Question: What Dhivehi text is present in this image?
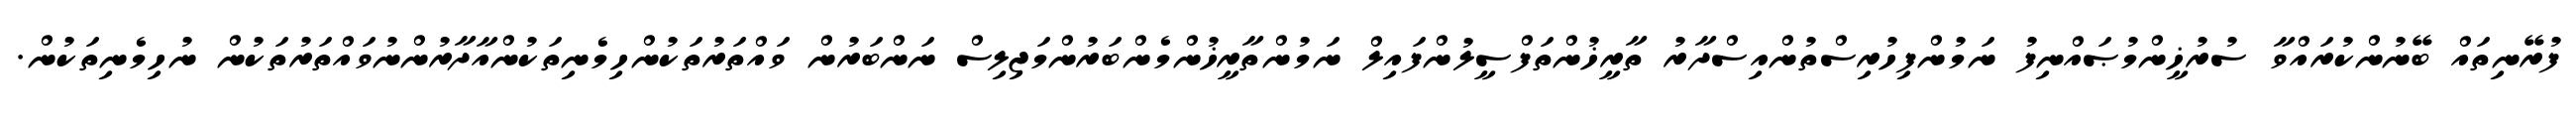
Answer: ފުރޭނިތައް ބޭނުންކުރައްވާ ސުރުޚީންމުޞައްނިފު ނަމުންފިހުރިސްތުންއިސްދާރު ތާރީޚުންތަފްސީލުންފައިލް ނަމުންތާރީޚުންމެންބަރުންމަޖިލިސް ނަންބަރުން ވައްތަރުތަކުންހިމެނިތަކުންއާދާރުންނުވައްތަރުތަކުން ނުހިމެނިތަކުން.